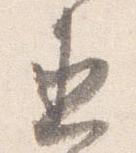
直